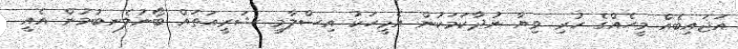
އަޖައިބެއް މީހެއްގެ ހުރި ވިޔާ ނުދާކަމަކުން އެމީހަކު އިސްލާމީ ޝަރީއަތައް ބޯނުލެނބުމުން އެއީ